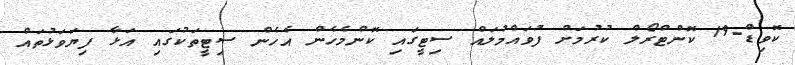
ކޮވިޑް-19 ކޮންޓްރޯލް ކުރުމަށް ފުވައްމުލައް ސިޓީގައި ކޮންމެހެން އެހެން ސިޓީތަކުގައި އަޅާ ފިޔަވަޅުތައް